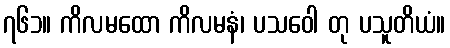
၇၆၁။ ကိလမထော ကိလမနံ၊ ပသဝေါ တု ပသူတိယံ။